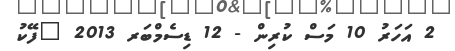
2 އަހަރު 10 މަސް ކުރިން - 12 ޑިސެމްބަރ 2013 "ފޭކު